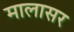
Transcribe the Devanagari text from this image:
मालासर